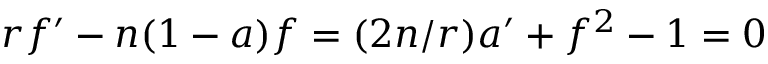
r f ^ { \prime } - n ( 1 - a ) f = ( 2 n / r ) a ^ { \prime } + f ^ { 2 } - 1 = 0